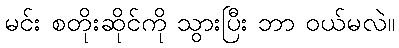
မင်း စတိုးဆိုင်ကို သွားပြီး ဘာ ဝယ်မလဲ။